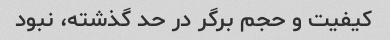
کیفیت و حجم برگر در حد گذشته، نبود